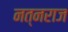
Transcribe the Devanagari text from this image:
नत्नराज